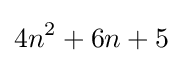
4n^{2}+6n+5